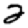
Digit: 2